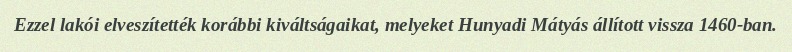
Ezzel lakói elveszítették korábbi kiváltságaikat, melyeket Hunyadi Mátyás állított vissza 1460-ban.